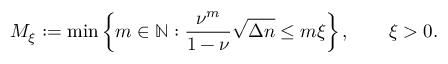
M _ { \xi } : = \operatorname* { m i n } \left\{ m \in \mathbb { N } : \frac { \nu ^ { m } } { 1 - \nu } \sqrt { \Delta n } \leq m { \xi } \right\} , \qquad \xi > 0 .